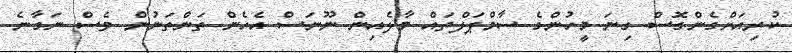
ކުރިއަށްގެންގޮސް ގިނަ މީހުންގެ ސާމްޕަލްތައް މާލެއިން ނޫނަސް އެހެން ތަންތަނުން ވެސް ނަގާނެ